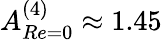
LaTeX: A_{Re=0}^{(4)}\approx 1.45